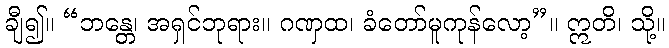
ချီ၍။ “ဘန္တေ၊ အရှင်ဘုရား။ ဂဏှထ၊ ခံတော်မူကုန်လော့”။ ဣတိ၊ သို့။